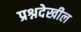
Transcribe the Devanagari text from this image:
प्रश्नदेखील